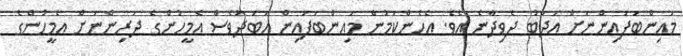
މައިންބަފައިންނަށް އަދަބު ދެވިދާނެ އެވެ. އެހެންކަމުން މައިންބަފައިން އަބަދުވެސް އެމީހުންގެ ދަރިންނަށް އެމީހުންގެ